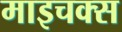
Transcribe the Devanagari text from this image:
माइचक्स